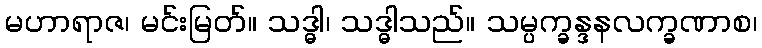
မဟာရာဇ၊ မင်းမြတ်။ သဒ္ဓါ၊ သဒ္ဓါသည်။ သမ္ပက္ခန္ဒနလက္ခဏာစ၊